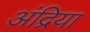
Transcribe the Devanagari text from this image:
अंद्रिया